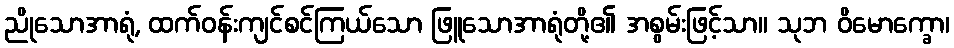
ညိုသောအာရုံ, ထက်ဝန်းကျင်စင်ကြယ်သော ဖြူသောအာရုံတို့၏ အစွမ်းဖြင့်သာ။ သုဘ ဝိမောက္ခော၊